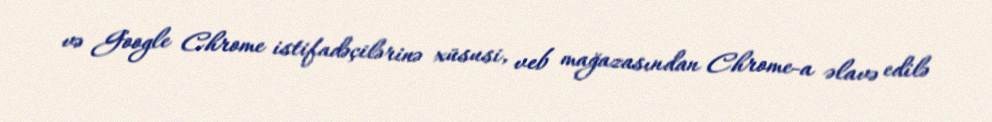
və Google Chrome istifadəçilərinə xüsusi, veb mağazasından Chrome-a əlavə edilə